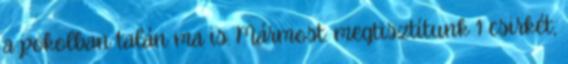
a pokolban talán ma is. Mármost: megtisztítunk 1 csirkét,